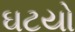
ઘટયો